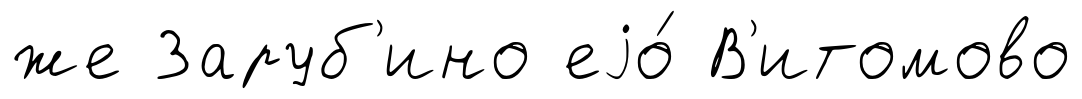
же Заруб'ино еjо́ В'итомово